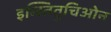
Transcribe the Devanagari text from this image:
इन्स्तितुचिओन